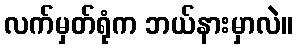
လက်မှတ်ရုံက ဘယ်နားမှာလဲ။